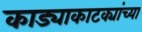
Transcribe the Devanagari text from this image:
काड्याकाटक्यांच्या